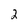
Character: 2